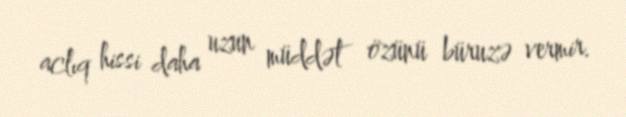
aclıq hissi daha uzun müddət özünü büruzə vermir.